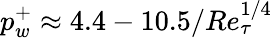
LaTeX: p_{w}^{+}\approx 4.4-10.5/Re_{\tau}^{1/4}